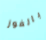
بالفوز